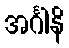
အင်္ဂါနိ